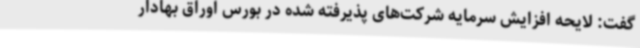
گفت: لایحه افزایش سرمایه شرکت‌های پذیرفته شده در بورس اوراق بهادار